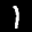
Label: 1